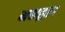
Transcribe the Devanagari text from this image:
मशहूर।